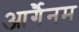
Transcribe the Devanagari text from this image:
आर्गैनम